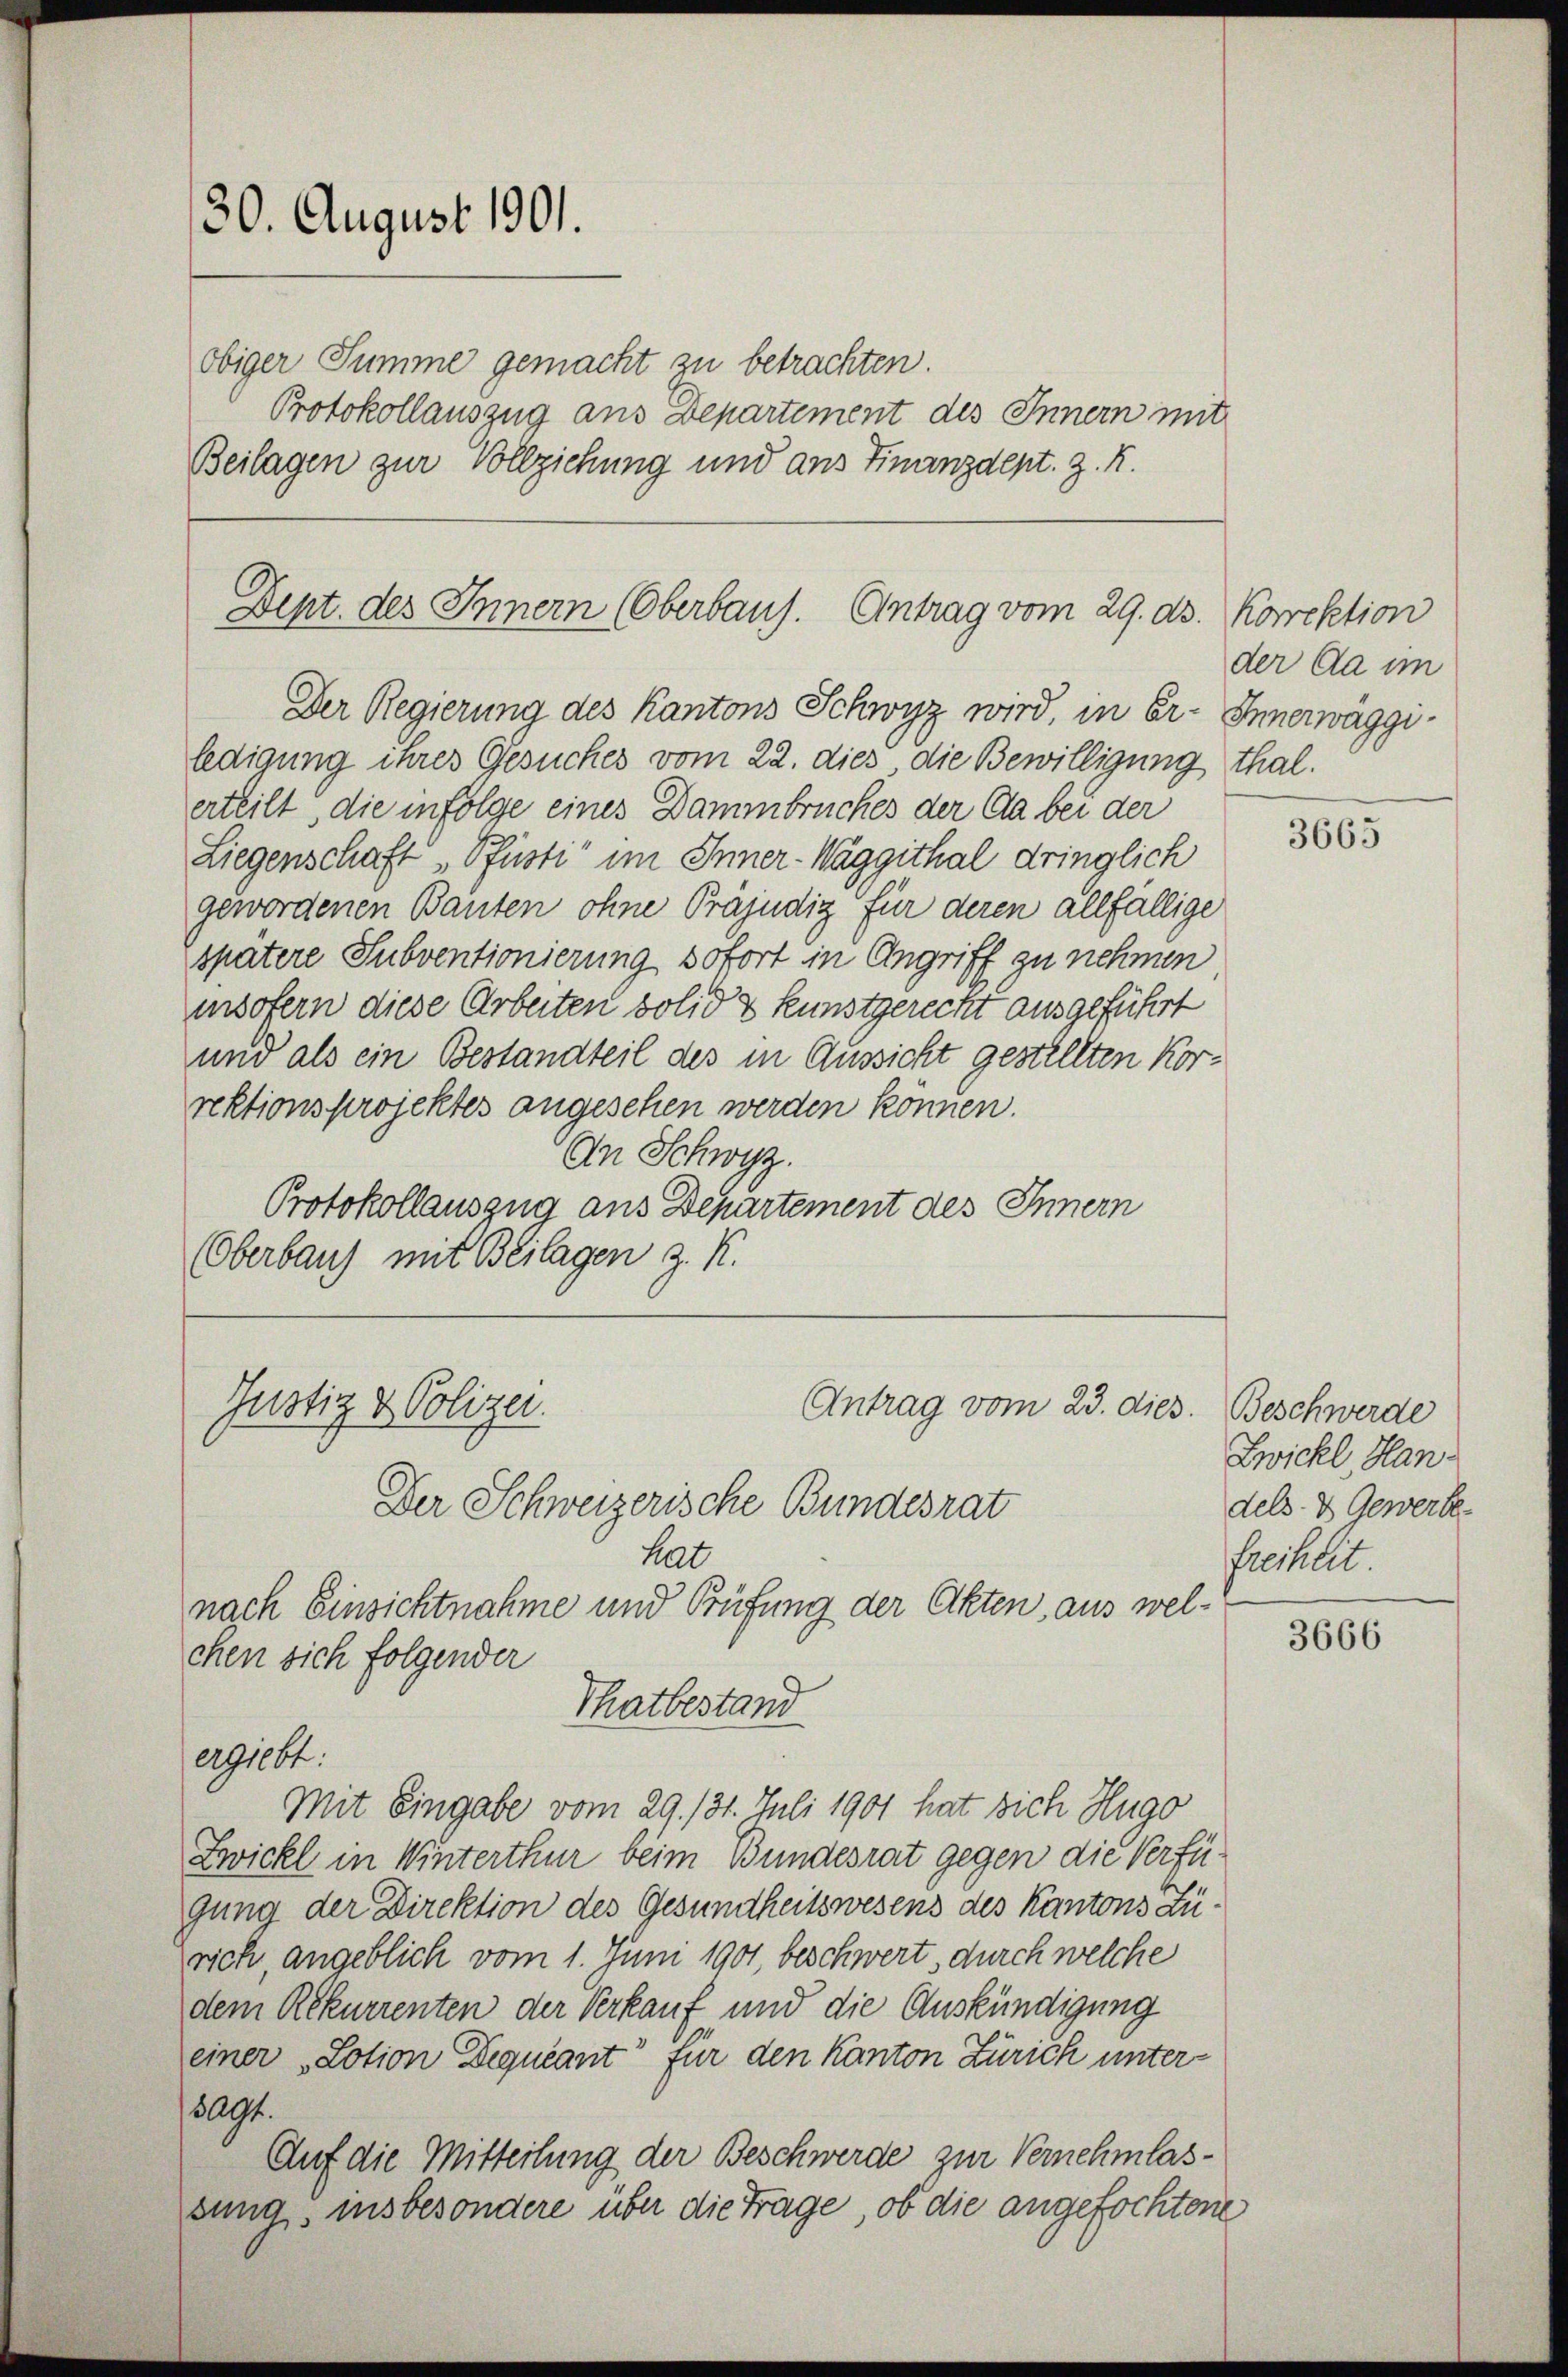
30. August 1901.

obiger Summe gemacht zu betrachten.
Protokollauszug aus Departement des Innern mit
Beilagen zur Vollziehung und ans Finanzdept. z. R.

Dept. des Innern (Oberbaus. Antrag vom 29. ds. Korrektion
Der Regierung des Kantons Schwyz wird, in Er- Innerwäggi¬

ledigung ihres Gesuches vom 22. dies die Bewilligung thal.
erteilt, die infolge eines Dammbruches der Cla bei der
Liegenschaft, Pfüsti“ im Inner-Wäggithal dringlich
gewordenen Bauten ohne Präjudig für deren allfällige
spätere Subventionierung sofort in Angriff zu nehmen
insofern diese Arbeiten solid & Kunstgerecht ausgeführt
und als ein Bestandteil des in Aussicht gestellten Korrektionsprojektes angesehen werden können.
An Schwyz.
Protokollauszug aus Departement des Innern
Oberbaus mit Beilagen z. K.
Justiz & Polizei.
Antrag vom 23. dies. Beschwerde

Der Schweizerische Bundesrat
hat

nach Einsichtnahme und Prüfung der Akten, aus welchen sich folgender
Thatbestand
ergiebt.
Mit Eingabe vom 29. 131. Juli 1901 hat sich Hugo
Zwickl in Winterthur beim Bundesrat gegen die Verfügung der Direktion des Gesundheitswesens des Kantons Lurich, angeblich vom 1. Juni 1901, beschwert, durch welche
dem Rekurrenten der Verkauf und die Auskündigung
einer „Lotion Dequcant für den Kanton Zürich unter¬
8091.
Auf die Mitteilung der Beschwerde zur Vernehmlassung, insbesondere über die Träge, ob die angefochtene

der da im

3665

Zwickl Handels- & Gewerke-
Freiheit.

3666